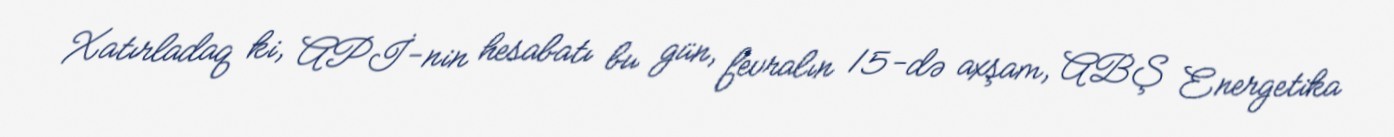
Xatırladaq ki, APİ-nin hesabatı bu gün, fevralın 15-də axşam, ABŞ Energetika